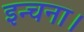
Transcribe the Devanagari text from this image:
इन्चना।